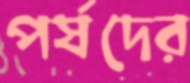
পর্ষদের